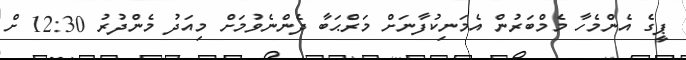
ޕީގެ އެންމެހާ މެމްބަރުން އެމަނިކުފާނަށް މަރްޙަބާ ދެންނެވުމަށް މިއަދު މެންދުރު 12:30 ށް